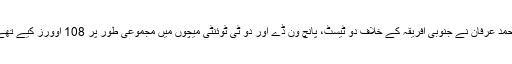
محمد عرفان نے جنوبی افریقہ کے خلاف دو ٹیسٹ، پانچ ون ڈے اور دو ٹی ٹوئنٹی میچوں میں مجموعی طور پر 108 اوورز کیے تھے۔